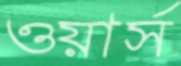
ওয়ার্স